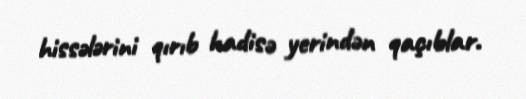
hissələrini qırıb hadisə yerindən qaçıblar.